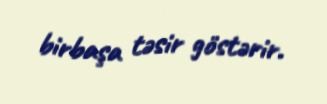
birbaşa təsir göstərir.